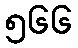
၅၆၆